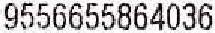
9556655864036